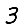
Digit: 3